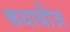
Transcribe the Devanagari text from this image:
कथाबीज